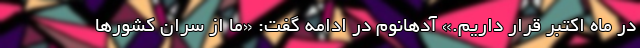
در ماه اکتبر قرار داریم.» آدهانوم در ادامه گفت: «ما از سران کشورها